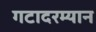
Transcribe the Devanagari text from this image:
गटादरम्यान